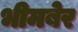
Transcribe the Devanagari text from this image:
भीमबेर